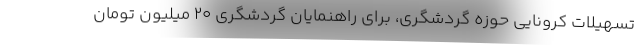
تسهیلات کرونایی حوزه گردشگری، برای راهنمایان گردشگری ۲۰ میلیون تومان